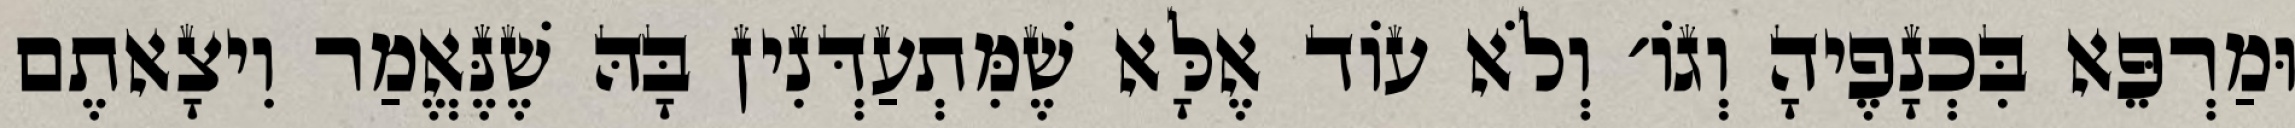
וּמַרְפֵּא בִּכְנָפֶיהָ וְגוֹ׳ וְלֹא עוֹד אֶלָּא שֶׁמִּתְעַדְּנִין בָּהּ שֶׁנֶּאֱמַר וִיצָאתֶם